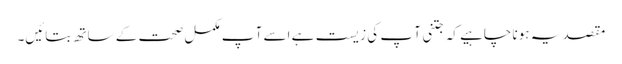
مقصد یہ ہونا چاہیے کہ جتنی آ پ کی زیست ہے اسے آ پ مکمل صحت کے ساتھ بتائیں۔